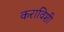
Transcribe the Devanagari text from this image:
कराविशी